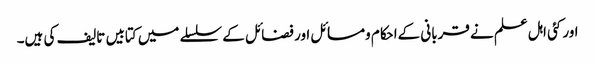
اور کئی اہل علم نے قربانی کےاحکام ومسائل اور فضائل کے سلسلے میں کتابیں تالیف کی ہیں۔